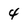
Character: 4